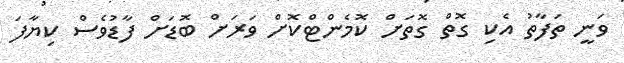
ވަނީ ތަފާތު އެކި ގޮތް ގޮތަށް ކޮމެންޓްކޮށް ވަރަށް ބޮޑަށް ފާޑުވެސް ކިޔާފަ